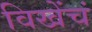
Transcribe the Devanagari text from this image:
विखेंचं